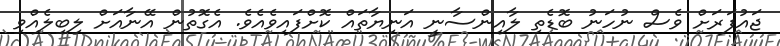
ޖައުފަރަށް ވެސް ނުހަނު ބޮޑެތި ލާއިންސާނީ އަނިޔާތައް ކޮށްފައިވެއެވެ. އެގޮތުން އޭނާއަށް ލިބިލެއްވި